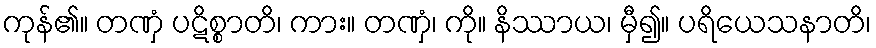
ကုန်၏။ တဏှံ ပဋိစ္စာတိ၊ ကား။ တဏှံ၊ ကို။ နိဿာယ၊ မှီ၍။ ပရိယေသနာတိ၊